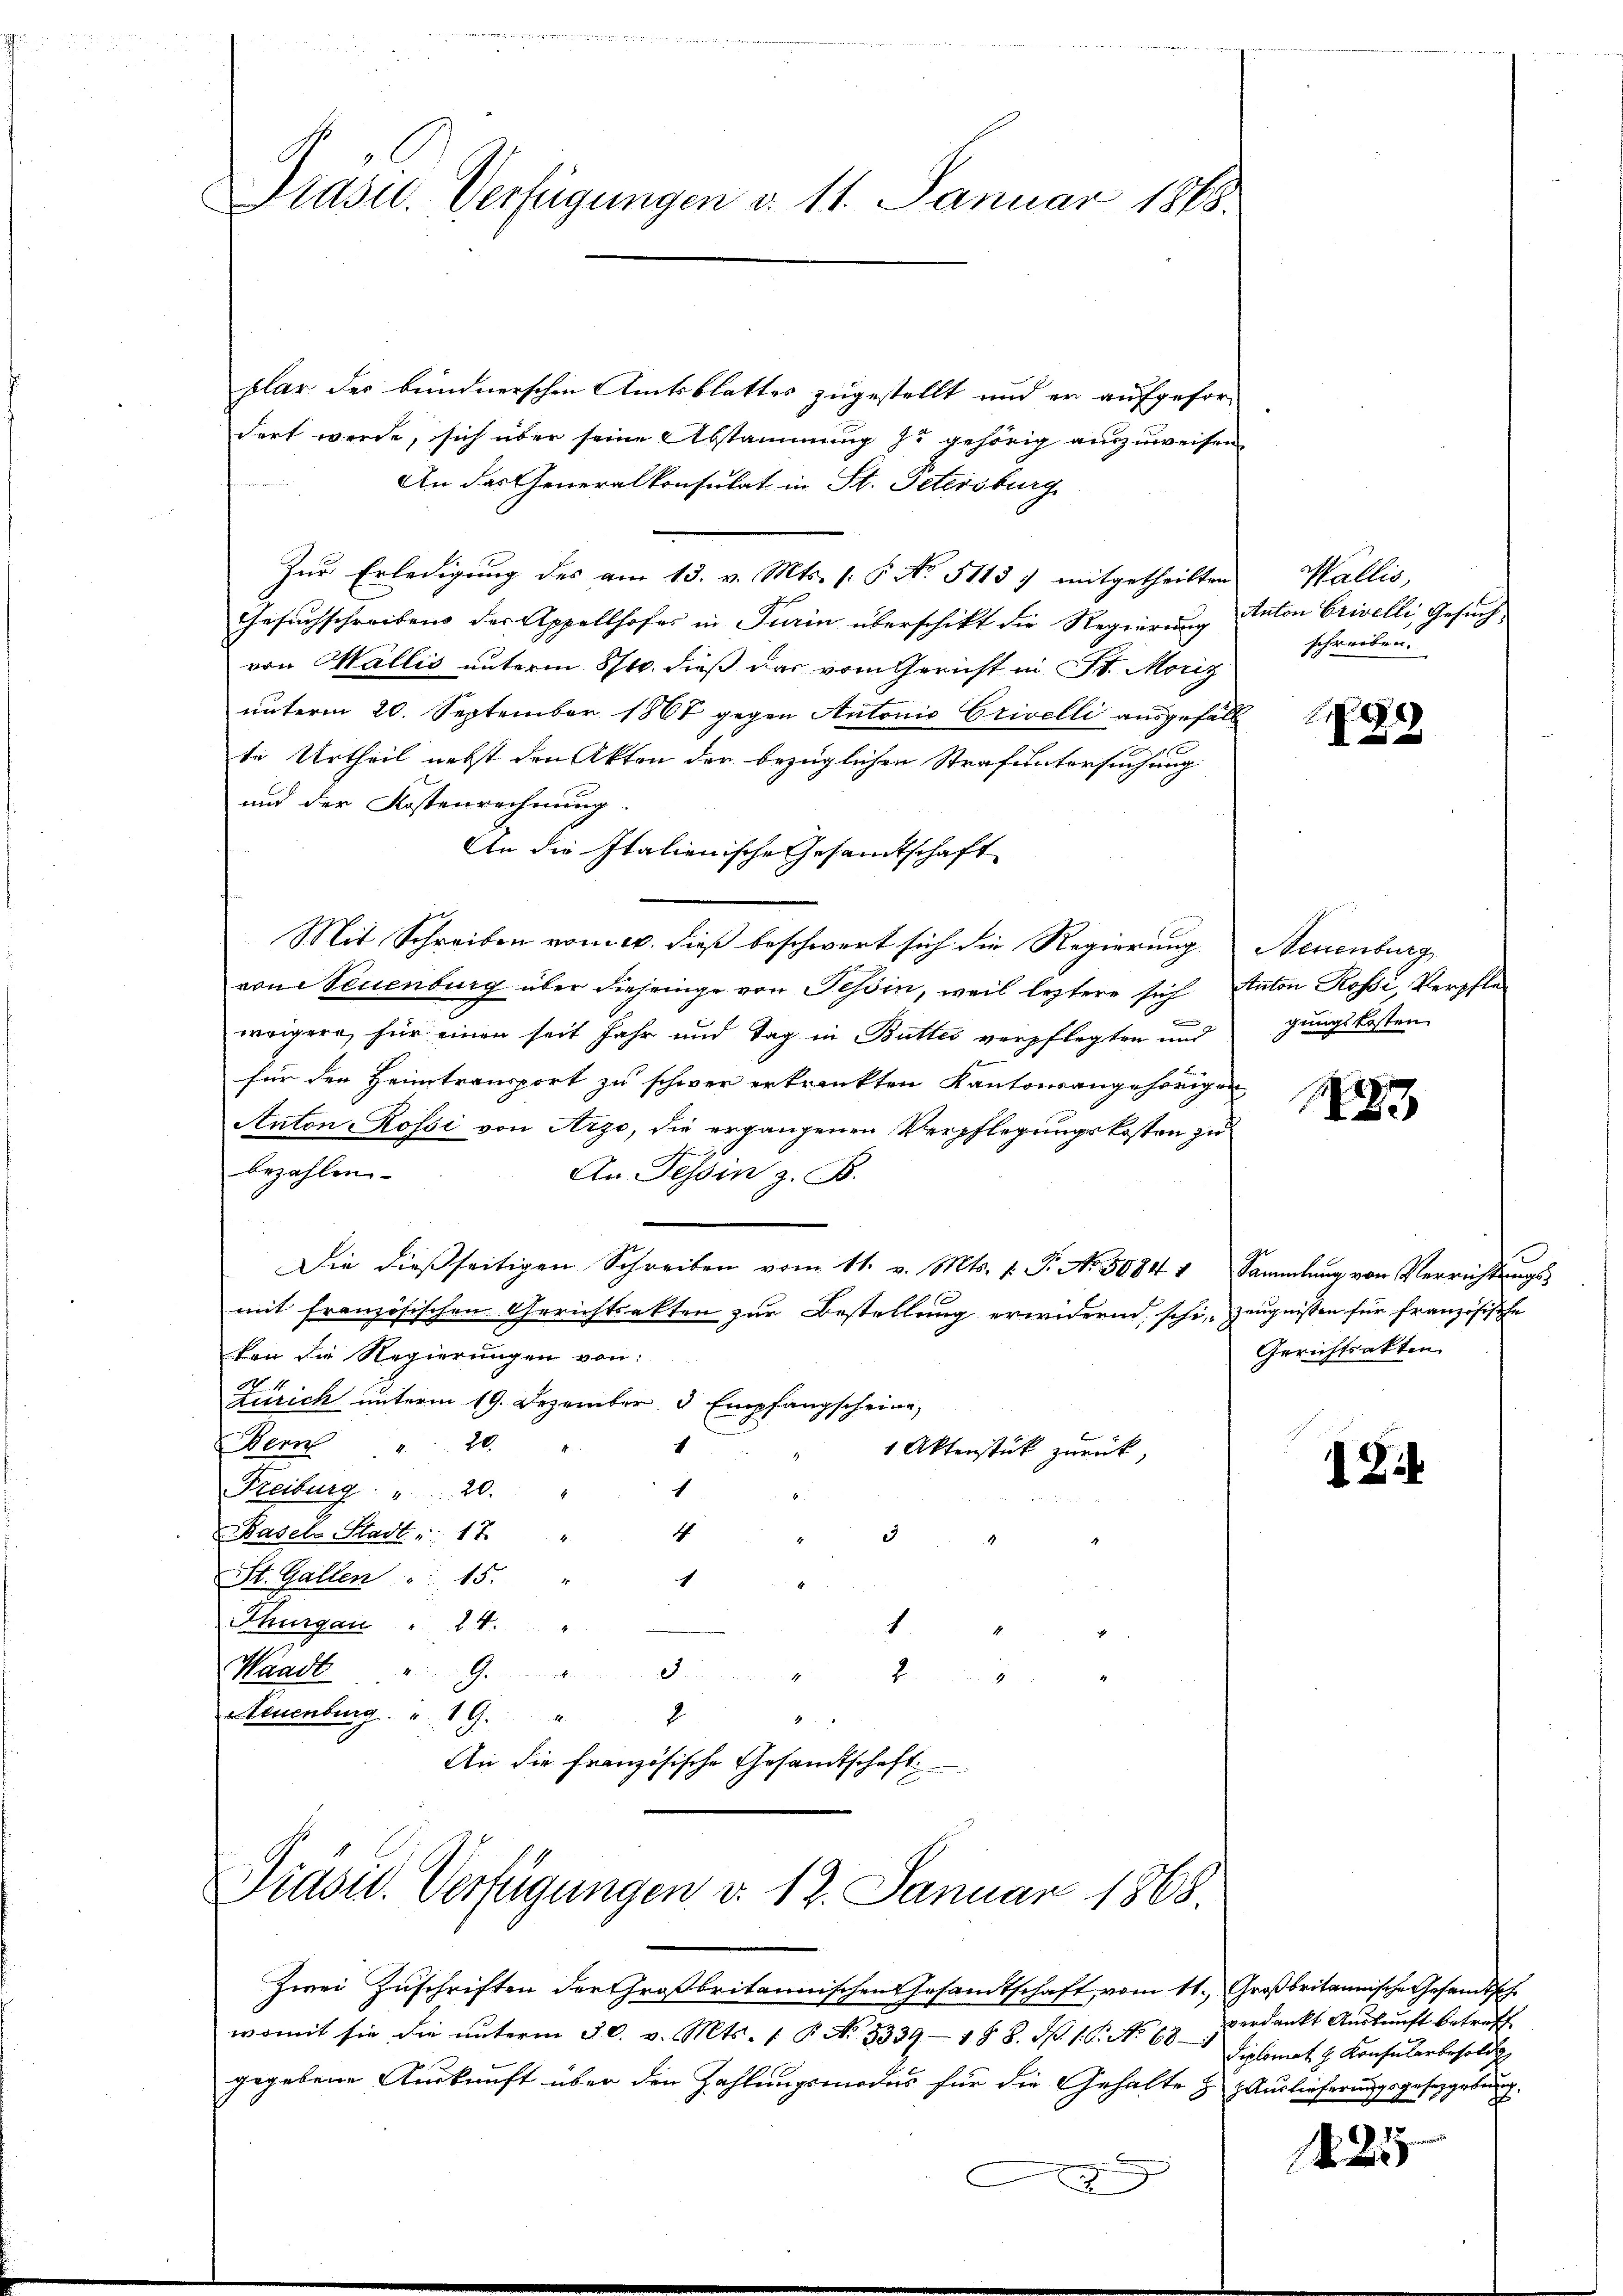
Präsid. Verfügungen v. 11. Januar 1883.

plar des bündnerschen Amtsblattes zugestellt und er aufgefordert werde, sich über seine Abstammung zu gehörig auszuweisen.
An der Generalkonsulat in St. Petersburg
Zur Erledigung des am 13. v. Mts. /: 6. No. 51137 mitgetheilten
Gesuchschreibens der Appellhofes in Turin überschikt die Regierung Anton Crivelli, Gesuch
von Wallis unterm 8/10. dieß das vom Gericht in St. Moriz
unterm 20. September 1867 gegen Antonio Crivelli ausgefäll
te Urtheil nebst den Akten der bezüglichen Strafuntersuchung
und der Kostenrechnung
An die Italienische Gesamtschaft
Mit Schreiben vom 10. dieß beschwert sich die Regierung Neuenburg
von Neuenburg über diejenige von Tessin, weil leztere sich Anton Rossi, Verschlewaigern, für einen seit Jahr und Tag in Buttes verpflegten und
für den Heimtransport zu schwer erkrankten Kantonsangehörigen
Anton-Rofsi von Arzo, die ergangenen Verpflegungskosten zu
s
bezahlen.
An Tessin z. B.
Die dießseitigen Schreiben vom 11. v. Mts. f. P. Nr. 5084 1 Sammlung von Verrichtungs-
mit französischen Gerichtsakten zur Bestellung erwidernd schi Zeugnissen für französische
ken die Regierungen von:
Zürich unterm 19. Dezember, 3 Empfangscheine,
Hern " 20 "
1
1 Aktenstück zurück,
1
Freiburg: " 20. "
1
e
Basels Stadt : 12 "
St. Gallen : 15. " 1
Thurgau " 24. "
1
Waadt G
2

Neuenburg. 19. 2

An die französische Gesandtschaft

Prasid. Verfügungen d. 17. Januar 1868.

Zwei Zuschriften der Großbritannischen Gesandtschaft vom 11. Großbritannische Gesandtsch
womit sie die ŭnterm 30. v. Mts. 1 P. No. 5339-188. d. 1. No 68
gegebene Auskunft über den Zahlungsmodus für die Gehalte zu Hauslieferungsgesetzgebung
2

Wallis,
schreiben.

88

gungskosten

1

Gerichtsakten.

18

verdankt Auskunft betreff
Siplomat J. Konsularbesold

2